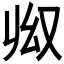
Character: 𠬳